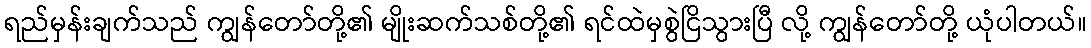
ရည်မှန်းချက်သည် ကျွန်တော်တို့၏ မျိုးဆက်သစ်တို့၏ ရင်ထဲမှစွဲငြိသွားပြီ လို့ ကျွန်တော်တို့ ယုံပါတယ်။